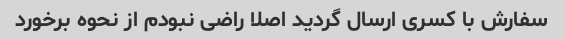
سفارش با کسری ارسال گردید اصلا راضی نبودم از نحوه برخورد